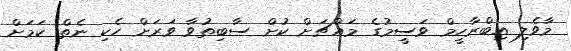
މާވެލި އިބްރާހީމް ވަސީމުގެ މައްޗަށް ކުށް ސާބިތުވާ ވަރަށް ހެކި ނެތް ކަމަށް